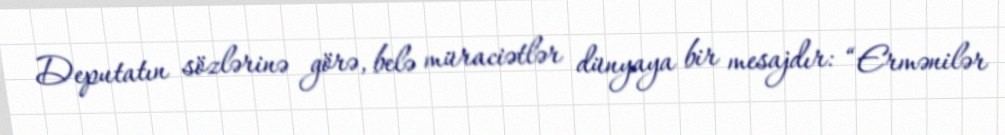
Deputatın sözlərinə görə, belə müraciətlər dünyaya bir mesajdır: “Ermənilər